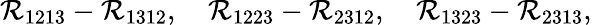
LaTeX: \mathcal{R}_{1213}-\mathcal{R}_{1312},\quad\mathcal{R}_{1223}-\mathcal{R}_{2312},\quad\mathcal{R}_{1323}-\mathcal{R}_{2313},